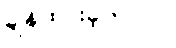
ချန်ထားခဲ့တာပါ။